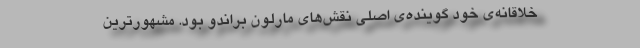
خلاقانه‌ی خود گوینده‌ی اصلی نقش‌های مارلون براندو بود. مشهورترین